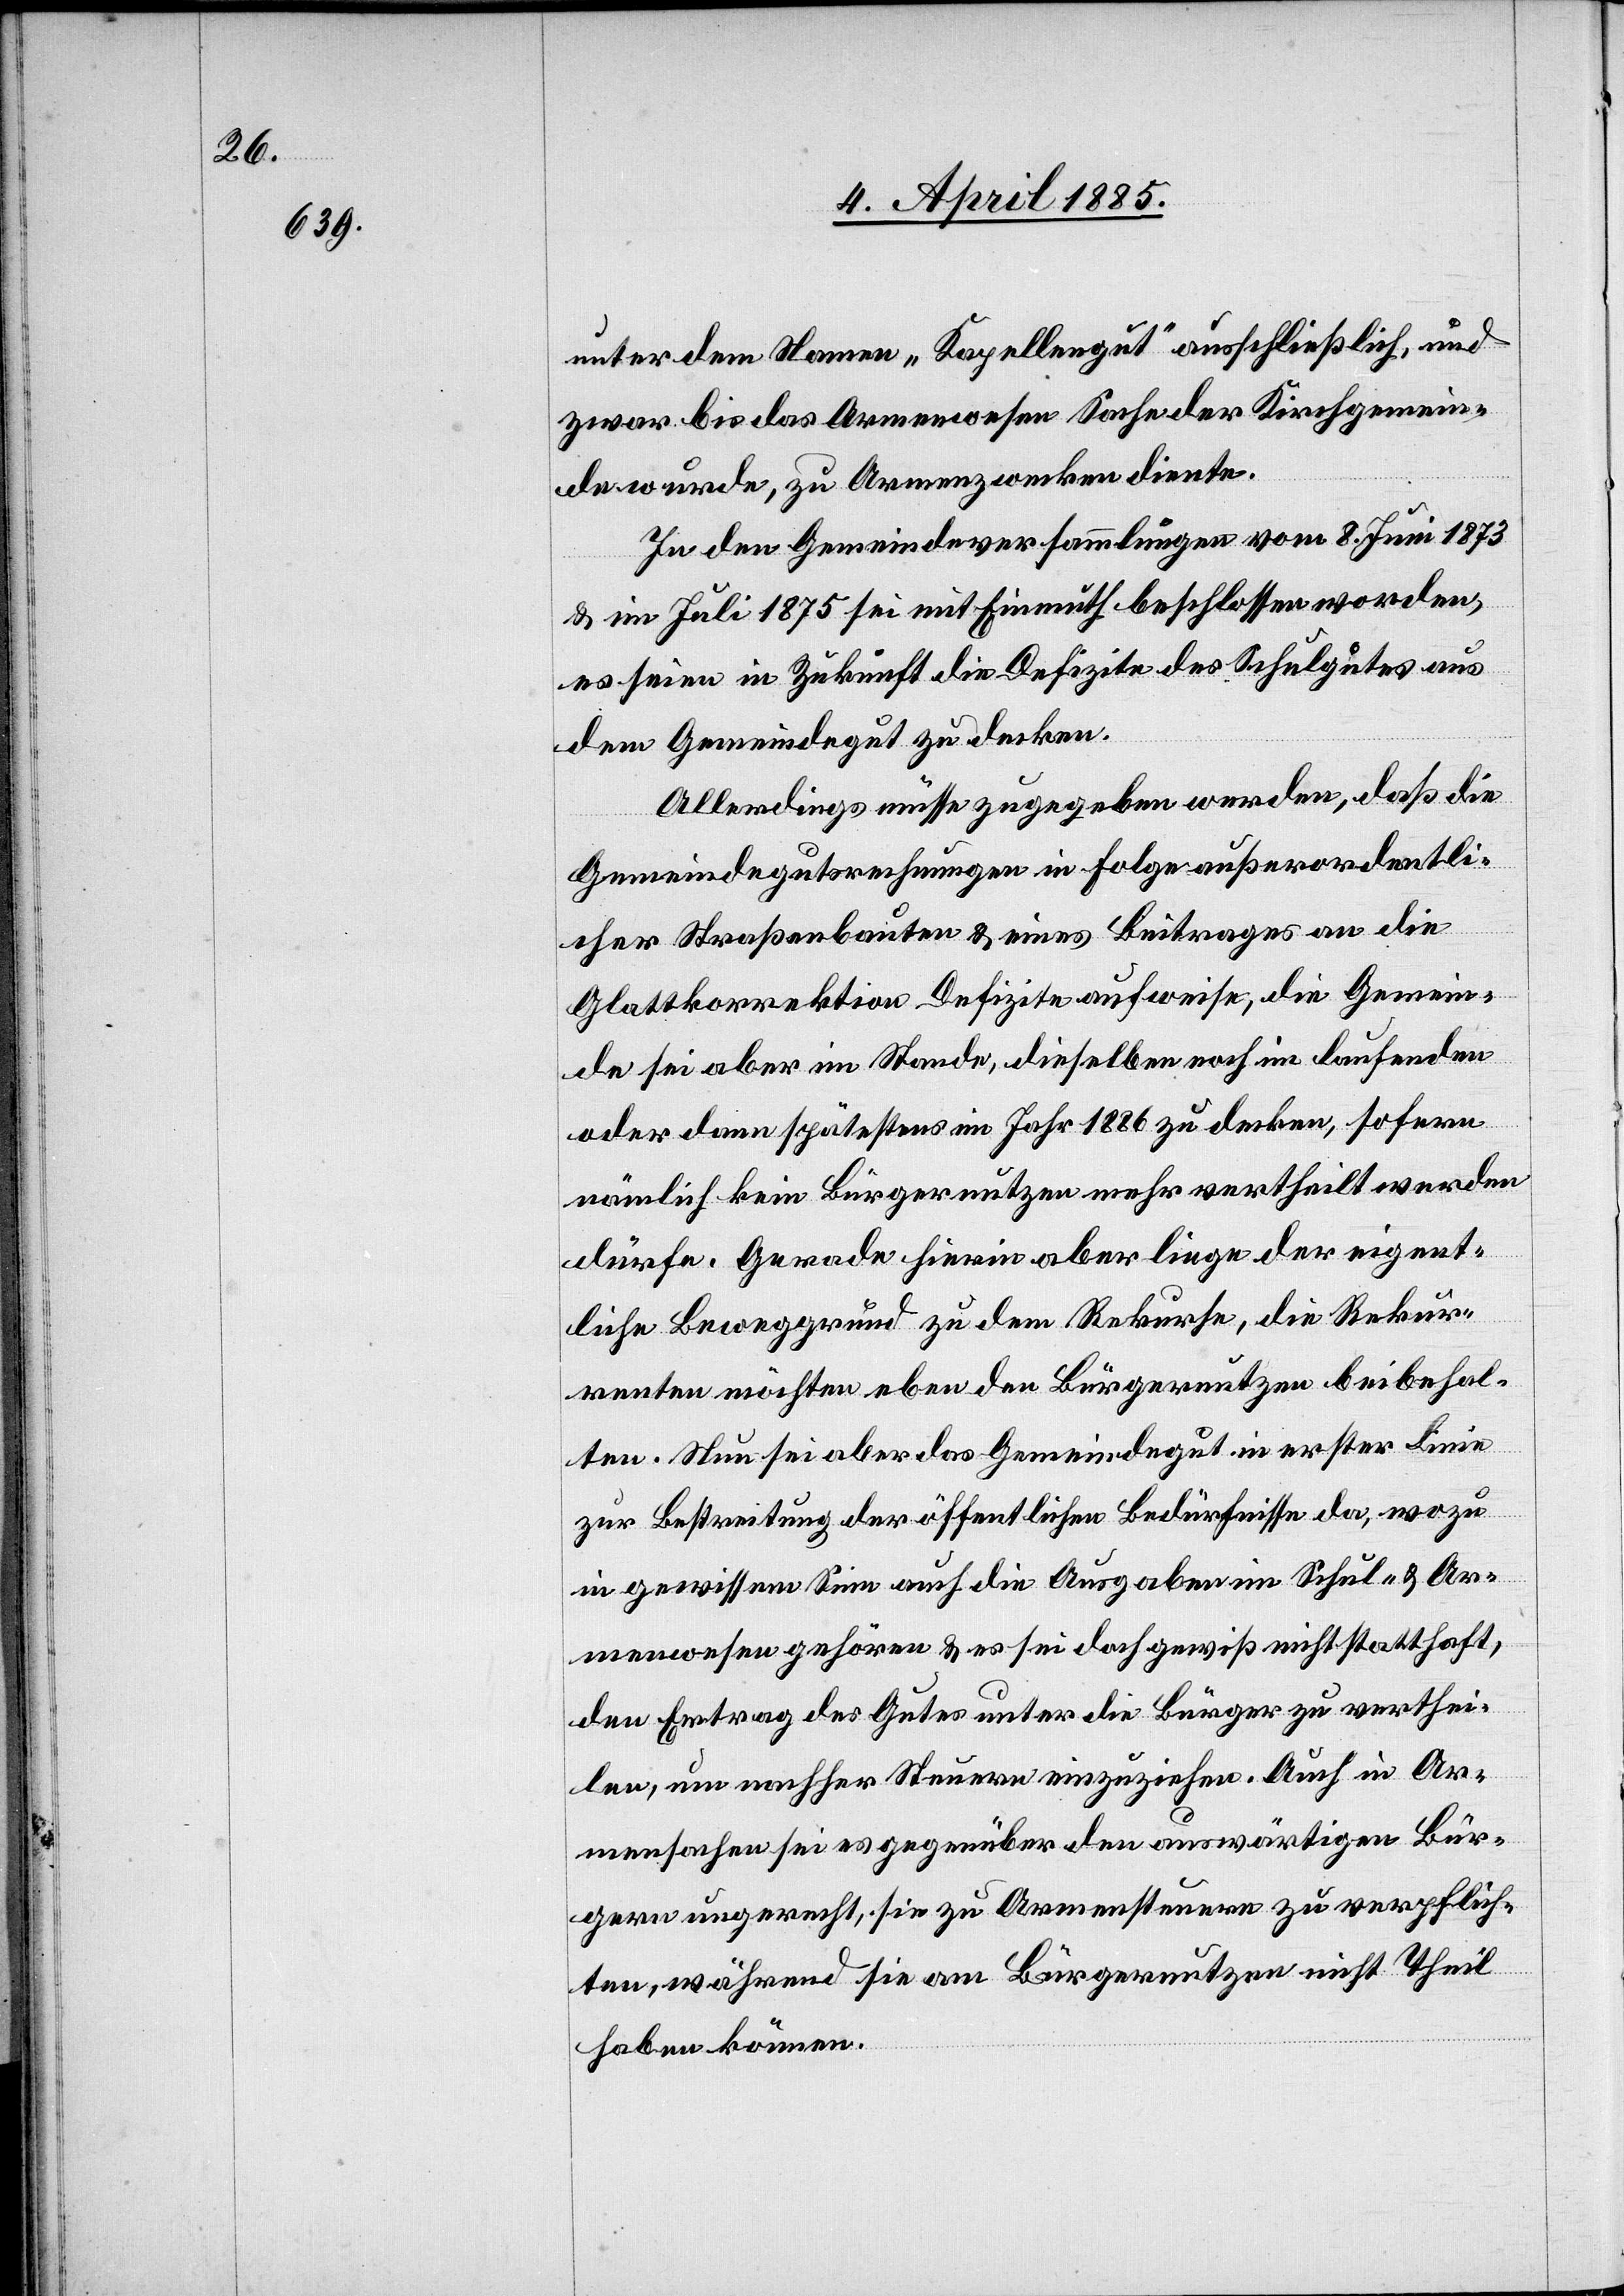
unter dem Namen „Kapellengut“ ausschließlich, und
zwar bis das Armenwesen Sache der Kirchgemein¬
de wurde, zu Armenzwecken diente.
In den Gemeindeversammlungen vom 8. Juni 1873
& im Juli 1875 sei mit Einmuth beschlossen worden,
es seien in Zukunft die Defizite des Schulgutes aus
dem Gemeindegut zu decken.
Allerdings müsse zugegeben werden, daß die
Gemeindegutsrechnungen in Folge außerordentli¬
cher Straßenbauten & eines Beitrages an die
Glattkorrektion Defizite aufweise, die Gemein¬
de sei aber im Stande, dieselben noch im laufenden
oder dann spätestens im Jahr 1886 zu decken, sofern
nämlich kein Bürgernutzen mehr vertheilt werden
dürfe. Gerade hierin aber liege der eigent¬
liche Beweggrund zu dem Rekurse, die Rekur¬
renten möchten eben den Bürgernutzen beibehal¬
ten. Nun sei aber das Gemeindegut in erster Linie
zur Bestreitung der öffentlichen Bedürfnisse da, wozu
in gewissem Sinn auch die Ausgaben im Schul- & Ar¬
menwesen gehören & es sei doch gewiß nicht statthaft,
den Ertrag des Gutes unter die Bürger zu verthei¬
len, um nachher Steuern einzuziehen. Auch in Ar¬
mensachen sei es gegenüber den auswärtigen Bür¬
gern ungerecht, sie zu Armensteuern zu verpflich¬
ten, während sie am Bürgernutzen nicht Theil
haben können.